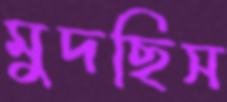
মুদছিস